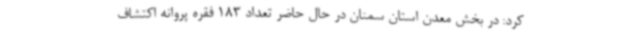
کرد: در بخش معدن استان سمنان در حال حاضر تعداد 183 فقره پروانه اکتشاف